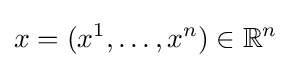
x=(x^{1},\dots ,x^{n})\in \mathbb {R} ^{n}